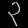
Digit: ၃